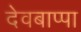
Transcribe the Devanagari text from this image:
देवबाप्पा